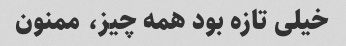
خیلی تازه بود همه چیز، ممنون